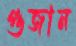
গুজান